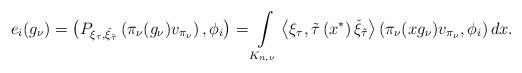
LaTeX: \begin{align*}e_i(g_\nu)=\left(P_{\xi_{\tau},\check{\xi}_{\tilde{\tau}}}\left(\pi_{\nu}(g_\nu)v_{\pi_{\nu}}\right),\phi_i\right)=\int\limits_{K_{n,\nu}} \left<\xi_\tau,\tilde{\tau}\left(x^*\right)\check{\xi}_{\tilde{\tau}}\right>\left(\pi_{\nu}(xg_\nu)v_{\pi_{\nu}} ,\phi_i\right)dx.\end{align*}